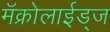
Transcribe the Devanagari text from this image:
मॅक्रोलाईड्ज